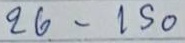
26 - 150